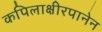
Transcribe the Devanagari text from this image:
कपिलाक्षीरपानेन